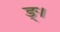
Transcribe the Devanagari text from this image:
ङ्।